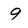
Character: 9